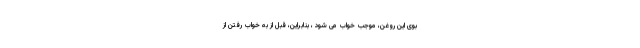
بوی این روغن، موجب خواب می شود ، بنابراین، قبل از به خواب رفتن از